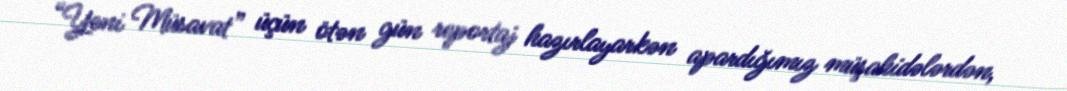
“Yeni Müsavat” üçün ötən gün reportaj hazırlayarkən apardığımız müşahidələrdən,